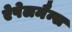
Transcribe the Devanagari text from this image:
ऐपेलमैन्स